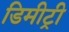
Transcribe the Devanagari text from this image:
डिमीट्री